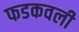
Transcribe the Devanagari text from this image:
फडकवली